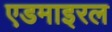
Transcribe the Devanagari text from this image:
एडमाइरल